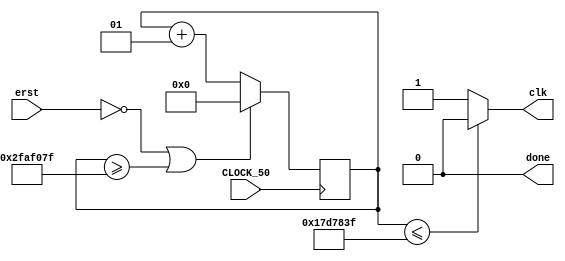

`timescale 1ns/1ns

module clock_divider(
 input CLOCK_50,
 input erst,
 output clk,
 output done
);

integer counter;

always @(posedge CLOCK_50) 
begin
 if (!erst || counter >= 49999999)
  counter <= 0;
 else counter <= counter + 1;
end


assign clk = (counter <= 24999999) ? 1'b0 : 1'b1;
assign done = 0;

endmodule